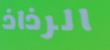
الرذاذ